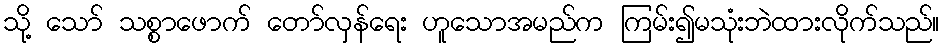
သို့ သော် သစ္စာဖောက် တော်လှန်ရေး ဟူသောအမည်က ကြမ်း၍မသုံးဘဲထားလိုက်သည်။